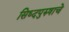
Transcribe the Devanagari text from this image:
सिध्दपुरुषाचे